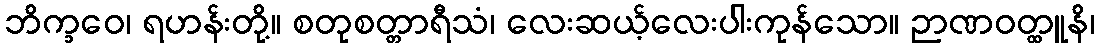
ဘိက္ခဝေ၊ ရဟန်းတို့။ စတုစတ္တာရီသံ၊ လေးဆယ့်လေးပါးကုန်သော။ ဉာဏဝတ္ထူနိ၊